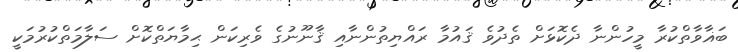
ބަޣާވާތްކުރާ މީހުންނާ ދެކޮޅަށް ތެދުވެ ޤައުމާ ރައްޔިތުންނާއި ޤާނޫނުގެ ވެރިކަން ޙިމާޔަތްކޮށް ސަލާމަތްކުރުމަކީ